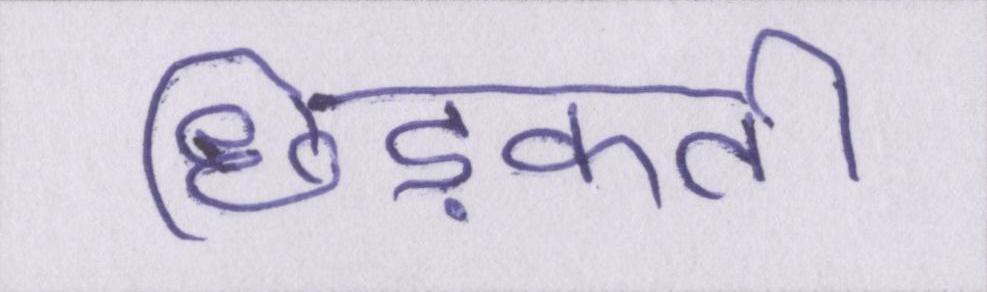
छिड़कती